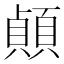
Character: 𫖣